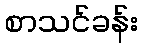
စာသင်ခန်း